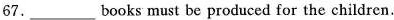
67.___books must be produced for the children.